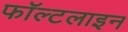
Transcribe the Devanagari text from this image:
फॉल्टलाइन